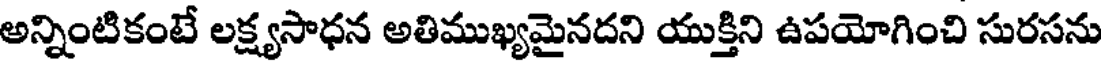
అన్నింటికంటే లక్ష్యసాధన అతిముఖ్యమైనదని యుక్తిని ఉపయోగించి సురసను